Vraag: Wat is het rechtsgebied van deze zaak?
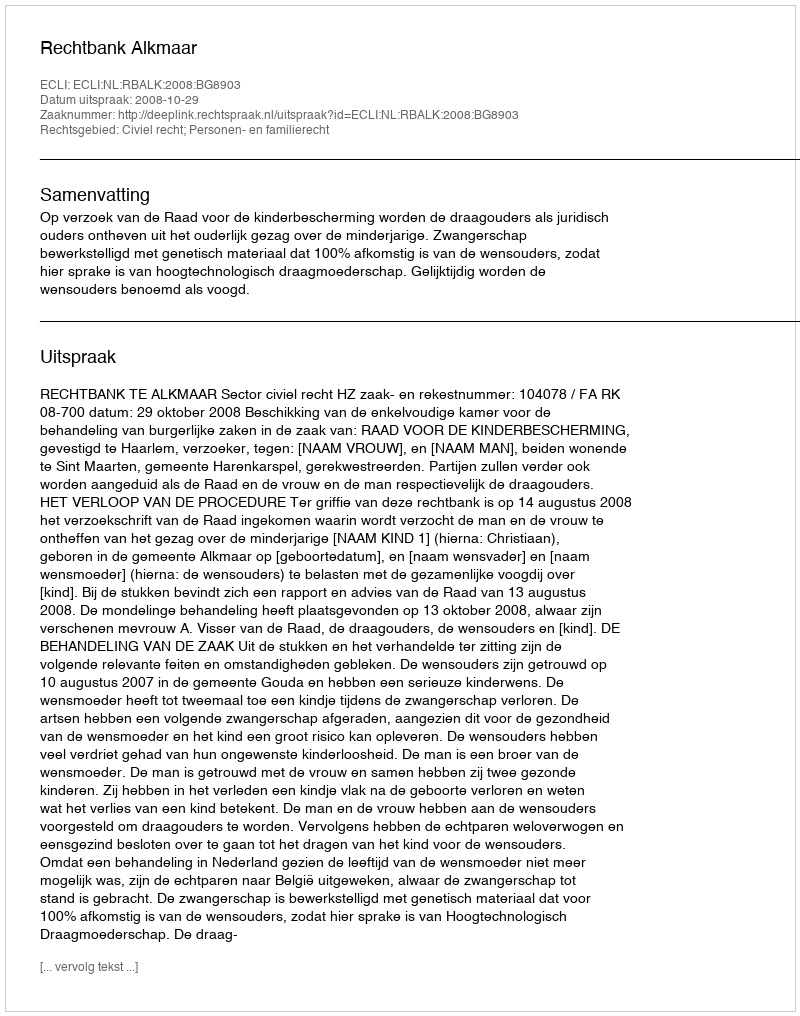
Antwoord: Civiel recht; Personen- en familierecht